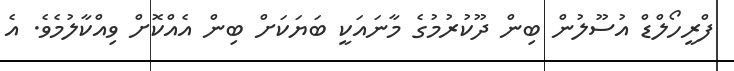
ފްރީހޯލްޑް އުސޫލުން ބިން ދޫކުރުމުގެ މާނައަކީ ބަޔަކަށް ބިން އެއްކޮށް ވިއްކާލުމެވެ. އެ